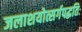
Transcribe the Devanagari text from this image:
जलाशयोत्सर्गपद्धतिः